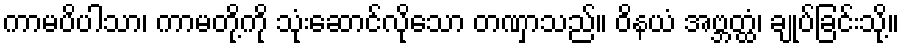
ကာမပိပါသာ၊ ကာမတို့ကို သုံးဆောင်လိုသော တဏှာသည်။ ဝိနယံ အဗ္ဘတ္ထံ၊ ချုပ်ခြင်းသို့။